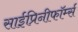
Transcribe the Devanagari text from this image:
साईप्रिनीफॉर्म्स